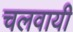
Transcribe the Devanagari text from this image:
चलवायी